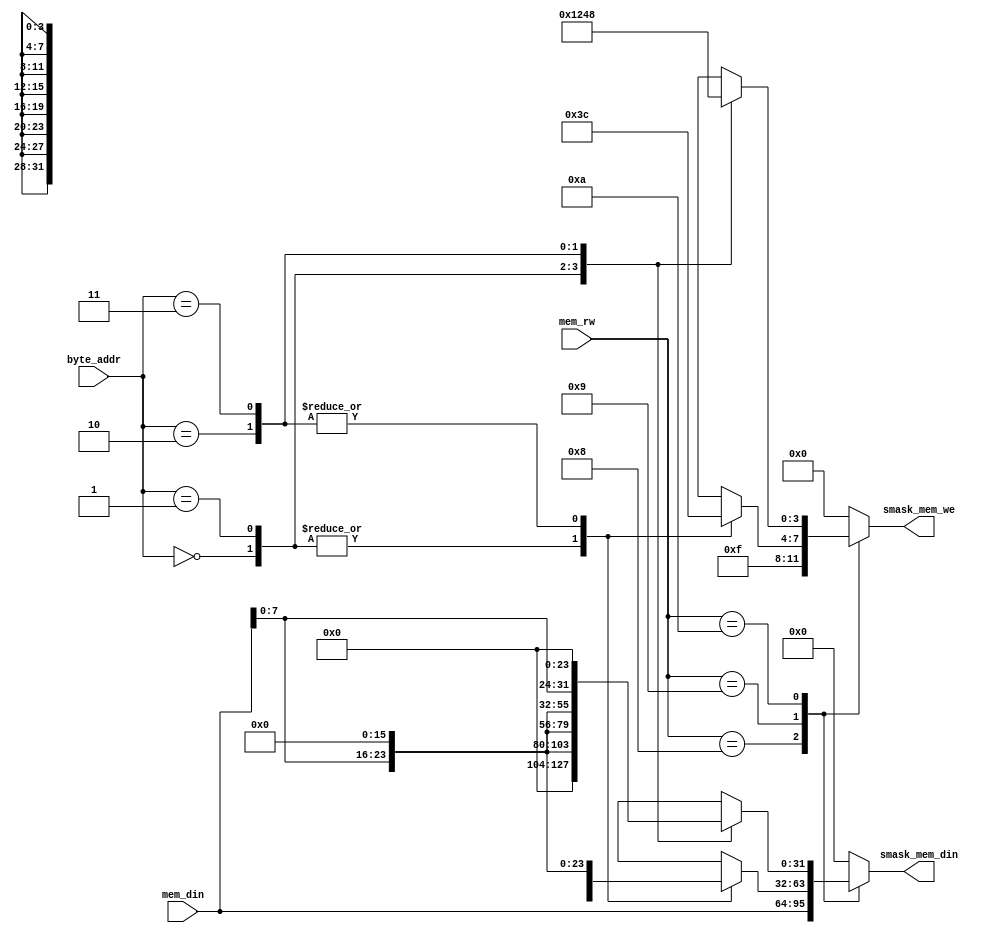

module store_mask(
  input [3:0]   mem_rw,
  input [1:0]   byte_addr,
  input [31:0]  mem_din,
  output [3:0]  smask_mem_we,
  output [31:0] smask_mem_din
);

  reg [3:0]  smask_mem_we_comb;
  reg [31:0] smask_mem_din_comb;

  assign smask_mem_we  = smask_mem_we_comb;
  assign smask_mem_din = smask_mem_din_comb;

  always @(*) begin
    smask_mem_we_comb  = 4'b0;
    smask_mem_din_comb = 32'b0;
    case (mem_rw)
      4'b1000: begin // SW
        smask_mem_we_comb  = 4'b1111;
        smask_mem_din_comb = mem_din;
      end
      4'b1001: begin // SH
        case (byte_addr)
          2'b00: begin
            smask_mem_we_comb  = 4'b0011;
            smask_mem_din_comb = {16'b0, mem_din[15:0]};
          end
          2'b01: begin
            smask_mem_we_comb  = 4'b0011;
            smask_mem_din_comb = {16'b0, mem_din[15:0]};
          end
          2'b10: begin
            smask_mem_we_comb  = 4'b1100;
            smask_mem_din_comb = {mem_din[15:0], 16'b0};
          end
          2'b11: begin
            smask_mem_we_comb  = 4'b1100;
            smask_mem_din_comb = {mem_din[15:0], 16'b0};
          end
        endcase
      end
      4'b1010: begin // SB
        case (byte_addr)
          2'b00: begin
            smask_mem_we_comb  = 4'b0001;
            smask_mem_din_comb = {24'b0, mem_din[7:0]};
          end
          2'b01: begin
            smask_mem_we_comb  = 4'b0010;
            smask_mem_din_comb = {16'b0, mem_din[7:0], 8'b0};
          end
          2'b10: begin
            smask_mem_we_comb  = 4'b0100;
            smask_mem_din_comb = {8'b0, mem_din[7:0], 16'b0};
          end
          2'b11: begin
            smask_mem_we_comb  = 4'b1000;
            smask_mem_din_comb = {mem_din[7:0], 24'b0};
          end
        endcase
      end
    endcase
  end

endmodule